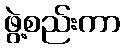
ဖွဲ့စည်းကာ